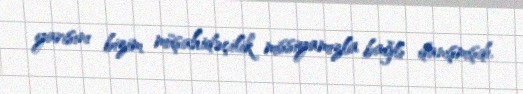
yarısını bizim müşahidəçilik missiyamızla bağlı danışmışdı.